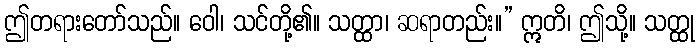
ဤတရားတော်သည်။ ဝေါ၊ သင်တို့၏။ သတ္ထာ၊ ဆရာတည်း။” ဣတိ၊ ဤသို့။ သတ္ထု